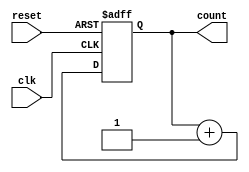
module async_counter (
    input wire clk,        // Clock input
    input wire reset,      // Asynchronous reset input
    output reg [n-1:0] count // Counter output (n-bit wide)
);
    parameter n = 3; // Number of flip-flops (3 for counting 0 to 7)

    // Asynchronous reset and counting logic
    always @(posedge clk or posedge reset) begin
        if (reset) begin
            count <= 0; // Reset counter to 0
        end else begin
            count <= count + 1; // Increment counter
        end
    end

endmodule